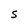
Character: S